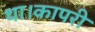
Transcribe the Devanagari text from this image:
था।कापरी